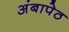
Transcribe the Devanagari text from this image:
अंबापेठ